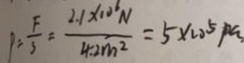
P = \frac { F } { S } = \frac { 2 . 1 \times 1 0 ^ { 6 } } { 4 . 2 m ^ { 2 } } = 5 \times 1 0 ^ { 5 } P a